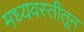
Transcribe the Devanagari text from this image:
मध्यवस्तीतून